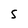
Character: S